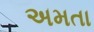
અમતા